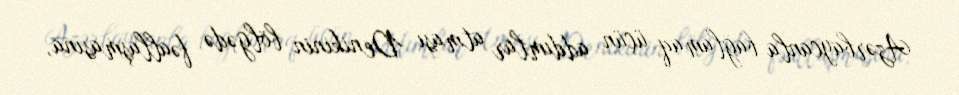
Azərbaycanla bağlamaq üçün addımlar atması Denikinin bölgədə fəallaşmasına,